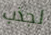
لجذب